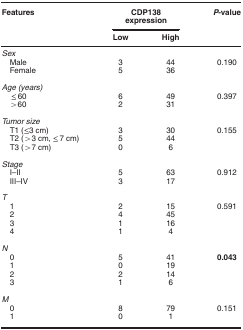
<table><thead><tr><td><b>Features</b></td><td colspan="2"><b>CDP138 expression</b></td><td><b><i>P</i>-value</b></td></tr><tr><td><b> </b></td><td><b>Low</b></td><td><b>High</b></td><td><b> </b></td></tr></thead><tbody><tr><td colspan="4"><i>Sex</i></td></tr><tr><td> Male</td><td>3</td><td>44</td><td>0.190</td></tr><tr><td> Female</td><td>5</td><td>36</td><td> </td></tr><tr><td> </td><td> </td><td> </td><td> </td></tr><tr><td colspan="4"><i>Age (years)</i></td></tr><tr><td> ≤60</td><td>6</td><td>49</td><td>0.397</td></tr><tr><td> &gt;60</td><td>2</td><td>31</td><td> </td></tr><tr><td> </td><td> </td><td> </td><td> </td></tr><tr><td colspan="4"><i>Tumor size</i></td></tr><tr><td> T1 (≤3 cm)</td><td>3</td><td>30</td><td>0.155</td></tr><tr><td> T2 (&gt;3 cm, ≤7 cm)</td><td>5</td><td>44</td><td> </td></tr><tr><td> T3 (&gt;7 cm)</td><td>0</td><td>6</td><td> </td></tr><tr><td> </td><td> </td><td> </td><td> </td></tr><tr><td colspan="4"><i>Stage</i></td></tr><tr><td> I–II</td><td>5</td><td>63</td><td>0.912</td></tr><tr><td> III–IV</td><td>3</td><td>17</td><td> </td></tr><tr><td colspan="4"> </td></tr><tr><td colspan="4"><i>T</i></td></tr><tr><td> 1</td><td>2</td><td>15</td><td>0.591</td></tr><tr><td> 2</td><td>4</td><td>45</td><td> </td></tr><tr><td> 3</td><td>1</td><td>16</td><td> </td></tr><tr><td> 4</td><td>1</td><td>4</td><td> </td></tr><tr><td> </td><td> </td><td> </td><td> </td></tr><tr><td colspan="4"><i>N</i></td></tr><tr><td> 0</td><td>5</td><td>41</td><td><b>0.043</b></td></tr><tr><td> 1</td><td>0</td><td>19</td><td> </td></tr><tr><td> 2</td><td>2</td><td>14</td><td> </td></tr><tr><td> 3</td><td>1</td><td>6</td><td> </td></tr><tr><td> </td><td> </td><td> </td><td> </td></tr><tr><td colspan="4"><i>M</i></td></tr><tr><td> 0</td><td>8</td><td>79</td><td>0.151</td></tr><tr><td> 1</td><td>0</td><td>1</td><td> </td></tr></tbody></table>